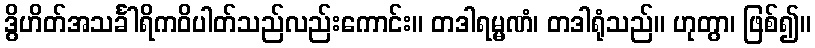
ဒွိဟိတ်အသင်္ခါရိကဝိပါတ်သည်လည်းကောင်း။ တဒါရမ္မဏံ၊ တဒါရုံသည်။ ဟုတွာ၊ ဖြစ်၍။